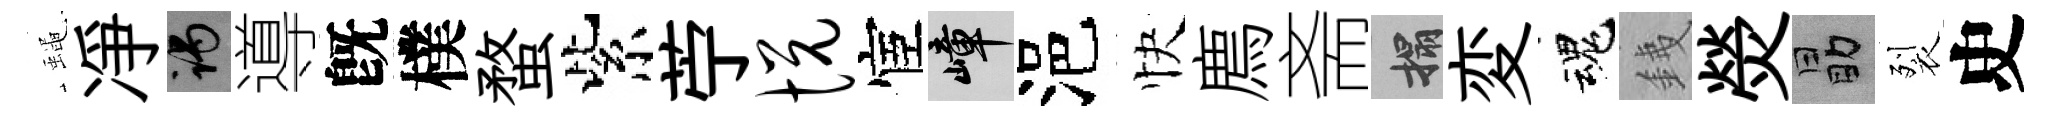
蠅凈谒導旣樸蝥紫苧悦宦嶂浥快廌斋搨変魂銕熒勗裂史